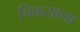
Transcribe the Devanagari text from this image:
चिकसाना